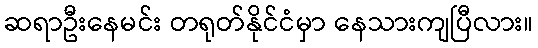
ဆရာဦးနေမင်း တရုတ်နိုင်ငံမှာ နေသားကျပြီလား။